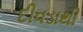
દીવડાથી